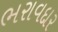
ભરાવદાર